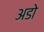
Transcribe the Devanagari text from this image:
अडो